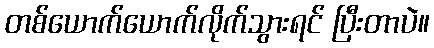
တစ်ယောက်ယောက်လိုက်သွားရင် ပြီးတာပဲ။